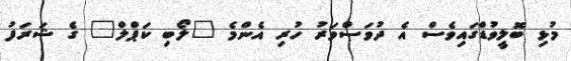
މުޅި ބޮލީވުޑްގައިވެސް އެ ދުވަސްވަރު ހުރި އެންމެ "ލޯބި ކަޕްލް" ގެ ޝަރަފު